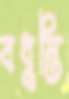
বধুন্তি